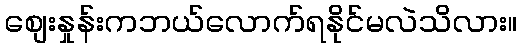
စျေးနှုန်းကဘယ်လောက်ရနိုင်မလဲသိလား။